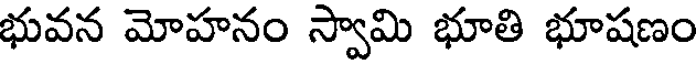
భువన మోహనం స్వామి భూతి భూషణం